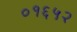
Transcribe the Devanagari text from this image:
०१६५२